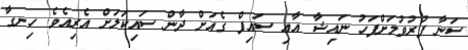
ސަނާ ފުރުވުމަށްފަހު ނައިޝާ އާއި ސައިފް ގެއަށް ދާން ސައިކަލަށް އެރިއެވެ. ހިނގާ